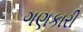
ગણકારી